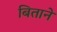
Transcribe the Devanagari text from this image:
बिताने